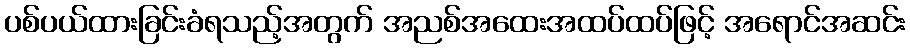
ပစ်ပယ်ထားခြင်းခံရသည့်အတွက် အညစ်အထေးအထပ်ထပ်ဖြင့် အရောင်အဆင်း